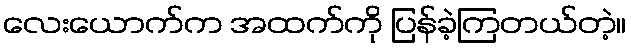
လေးယောက်က အထက်ကို ပြန်ခဲ့ကြတယ်တဲ့။